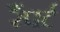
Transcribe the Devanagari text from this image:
रैंपर्ट